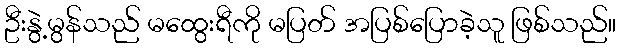
ဦးနွဲ့မွန်သည် မထွေးရီကို မပြတ် အပြစ်ပြောခဲ့သူ ဖြစ်သည်။